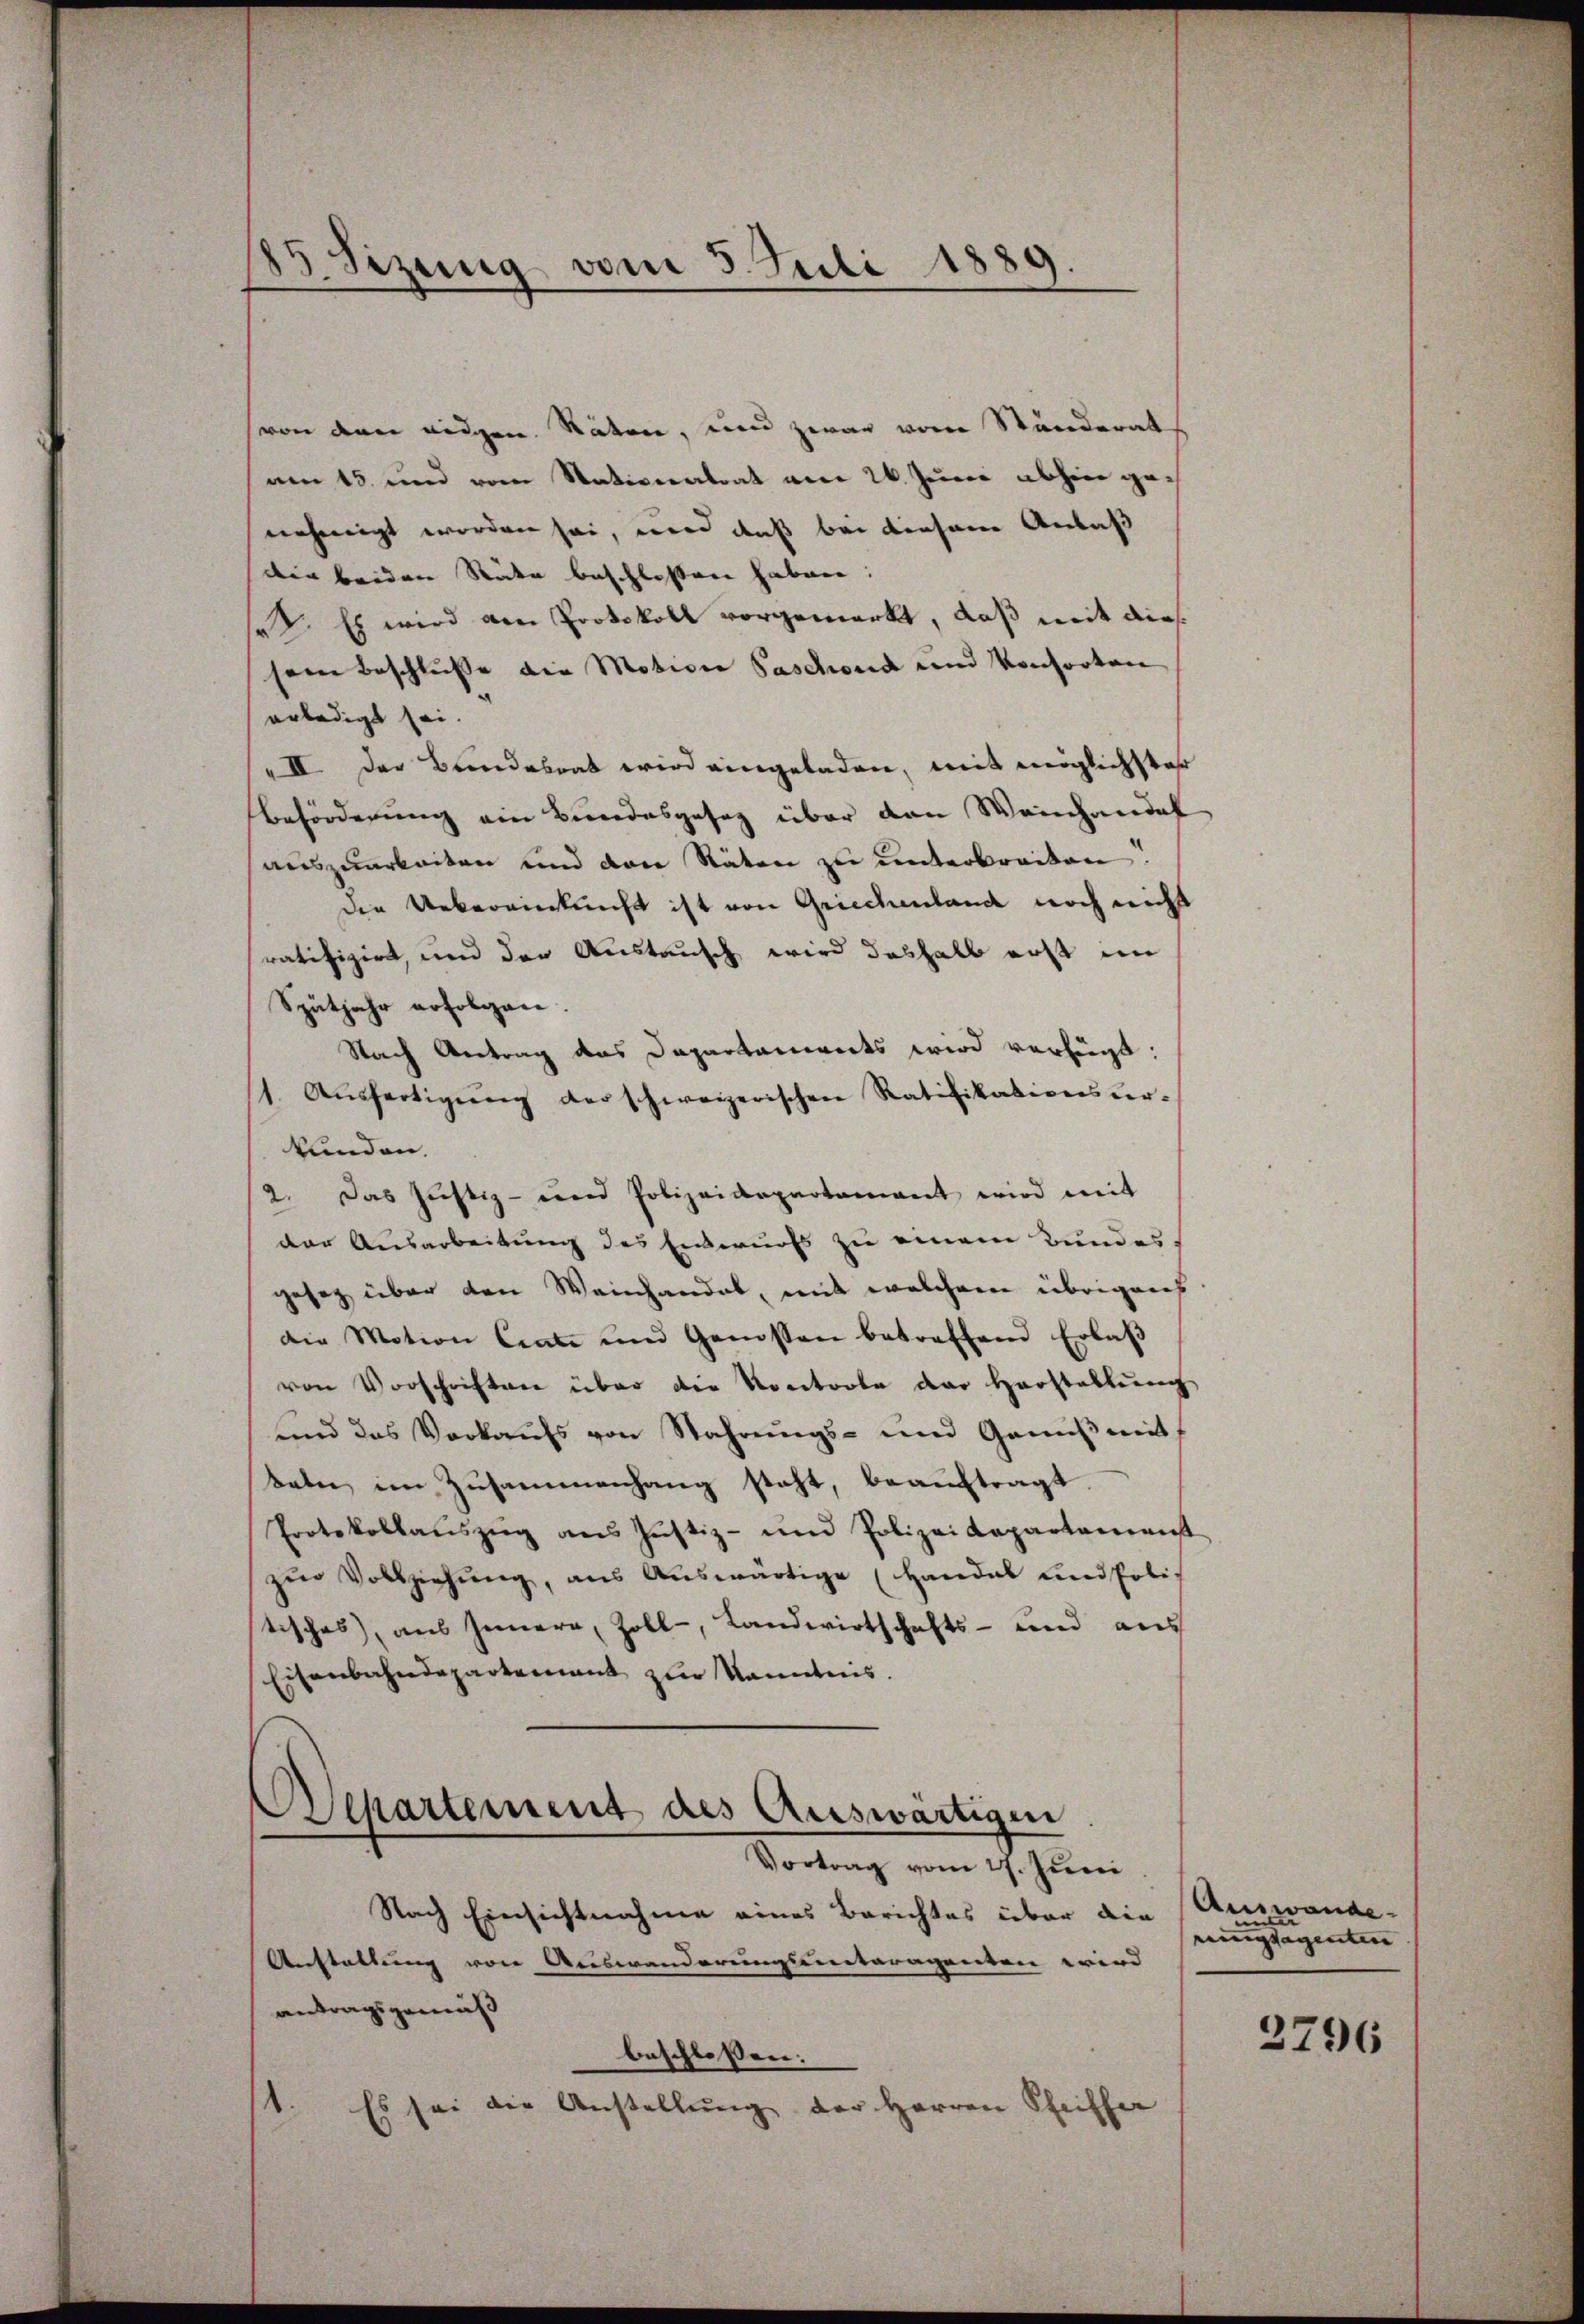
85 Sizung vom 3. Juli 1889.

von dem eidgen. Räten, und zwar vom Stunderat
am 15. und vom Nativeatrat am 26. Juni abhin genehmigt worden sei, wird daß bei diesem Anlaß
der beiden Räte beschlossen haben:
. Es wird am Protokoll vorgemerkt, daß mit dies
sein Beschlusse die Motiven Paschond und Konsorten
erledigt sei.
II. Der Bundesrat wird eingeladen, mit möglichster
Beförderung ein Bundesgesag über den Weinhandel
auszuarbeiten und den Stäten zu unterbreiten.
die Uebereinkunft ist von Griechenland noch nicht
ratifizirt, und der Austausch wird deshalb erst im
Spätjahr erfolgen.
Nach Antrag des Dapartanwerts wird verfügt:
1. Aŭsfertigŭng der schweizerischen Ratifikationsŭr-
kunden.
2. Das Justiz- und Polizeidepartamant wird mit
der Ausarbeitung des Entwurfs zu einem Bundes
gesag über den Weinhandel, mit welchem übrigens
die Motion Ciate und Genossen betreffend Erlaβ
von Vorschriften über die Kontorte der Herstellŭng
und das Verkaŭfs von Wahrŭngs- und Geniβ mit
baber im Zusammenhang steht, beauftragt
Protokollaŭszŭg ans Justiz- und Polizei Kapartamenst
zŭr Vollziehŭng, aus Aŭswärtige (Handel und Politisches, aus Innern, Zoll, Landwirtschafts- und aus
Eisenbahndepartement zur kanntnis.
Separtement des Auswärtigen.
Vortrag vom 27. Juni
Nach Einsichtnahme eines Berichtes über die Auswande-
Anstaltung von Auswanderungsentaragenten wird
antragsgemäß
beschlossen:
1. Es sei die Anstellŭng der Herren Pfeiffer

rungsagenten
2796